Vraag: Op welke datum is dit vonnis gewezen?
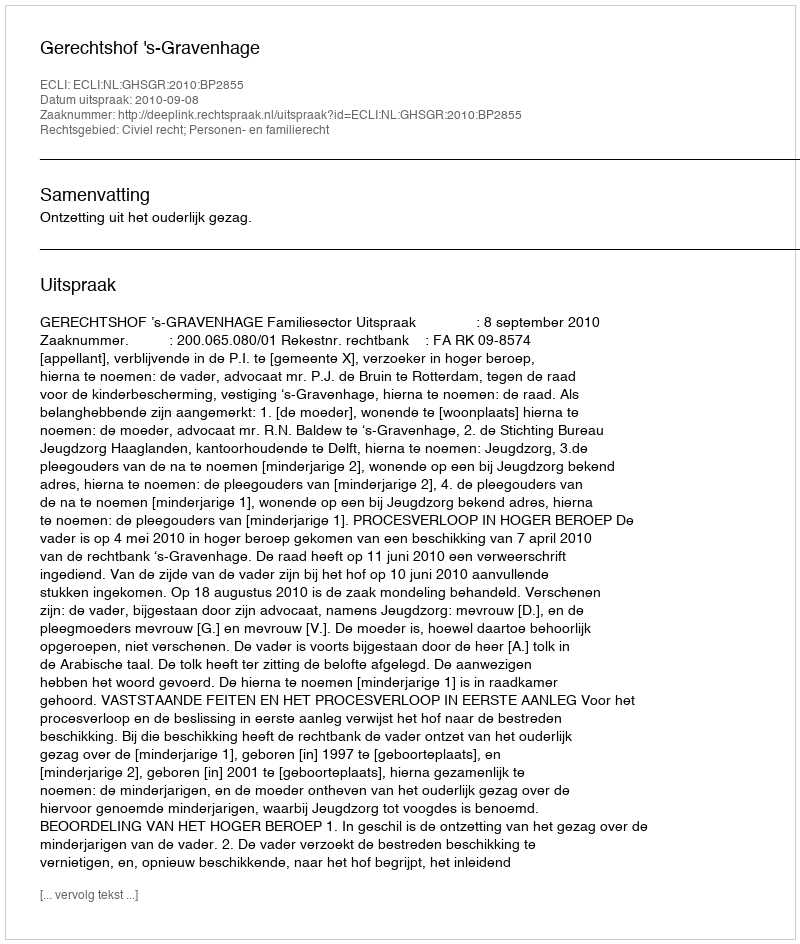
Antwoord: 2010-09-08